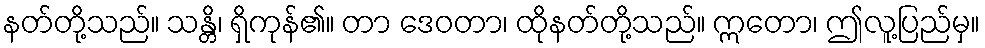
နတ်တို့သည်။ သန္တိ၊ ရှိကုန်၏။ တာ ဒေဝတာ၊ ထိုနတ်တို့သည်။ ဣတော၊ ဤလူ့ပြည်မှ။